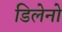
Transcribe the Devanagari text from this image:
डिलेनो